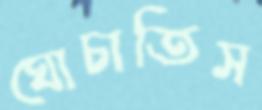
ঘোচাতিস